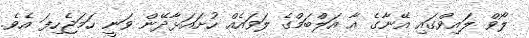
ލޯވް ލައިވްގައި އޭނާގެ އާ އަލްބަމްގެ ލަވައެއް ހުށައަޅާދޭން ވަނީ ހަމަޖެހިފަ އެވެ.